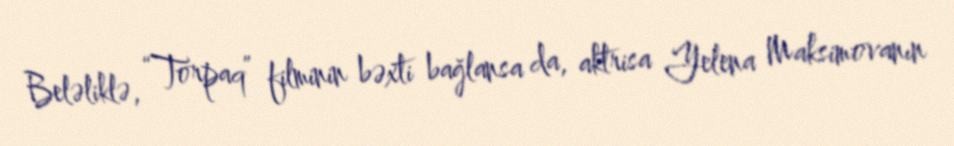
Beləliklə, “Torpaq” filminin bəxti bağlansa da, aktrisa Yelena Maksimovanın